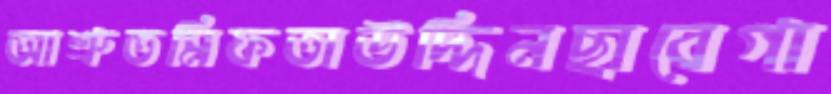
আশ্রুতমিফতাউদ্দিনছাবেগা